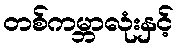
တစ်ကမ္ဘာလုံးနှင့်